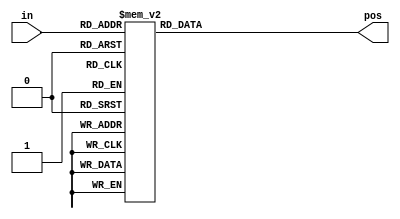
// priority encoder

module top_module (
    input [3:0] in,
    output reg [1:0] pos  );

    always @ (*) begin
        case (in)
            4'h0: pos = 0;
            4'h1: pos = 0;
            4'h2: pos = 1;
            4'h3: pos = 0;
            4'h4: pos = 2;
            4'h5: pos = 0;
            4'h6: pos = 1;
            4'h7: pos = 0;
            4'h8: pos = 3;
            4'h9: pos = 0;
            4'hA: pos = 1;
            4'hB: pos = 0;
            4'hC: pos = 2;
            4'hD: pos = 0;
            4'hE: pos = 1;
            4'hF: pos = 0;
        endcase
    end

endmodule